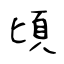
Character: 頃